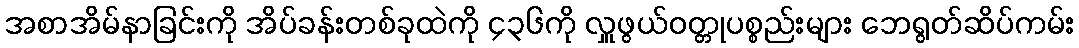
အစာအိမ်နာခြင်းကို အိပ်ခန်းတစ်ခုထဲကို ၄၃၆ကို လှူဖွယ်ဝတ္တုပစ္စည်းများ ဘေရွတ်ဆိပ်ကမ်း